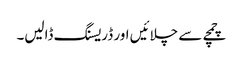
چمچے سے چلائیں اور ڈریسنگ ڈالیں۔